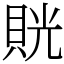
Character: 𧵦